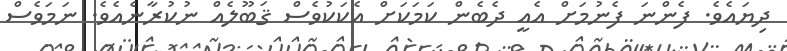
ދިޔައެވެ. ފެންނަ ފެނުމަށް އެއީ ދެބެން ކަމަކަށް އެކަކުވެސް ޤަބޫލެއް ނުކުރާނެއެވެ. ނަމަވެސް